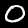
Digit: 0